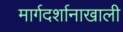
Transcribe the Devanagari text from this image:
मार्गदर्शानाखाली